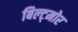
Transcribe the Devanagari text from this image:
बिल्ट्मोर